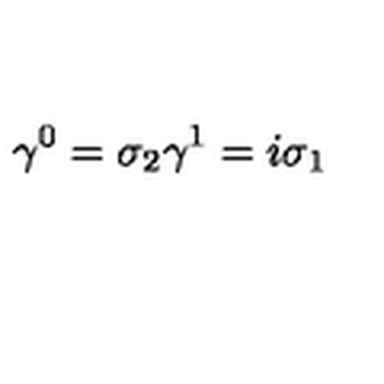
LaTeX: \gamma ^ { 0 } = \sigma _ { 2 } \gamma ^ { 1 } = i \sigma _ { 1 }